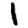
Digit: 1